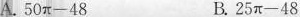
A.$$50π - 48 $$ B.$$25π - 48 $$